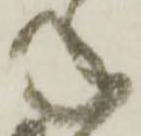
ね